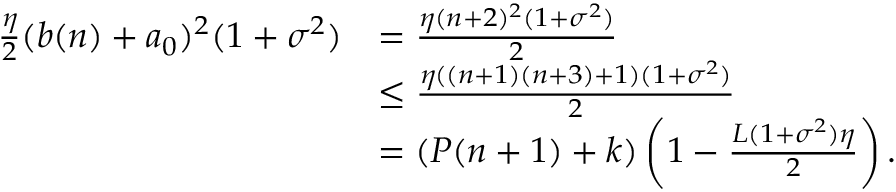
\begin{array} { r l } { \frac { \eta } { 2 } ( b ( n ) + a _ { 0 } ) ^ { 2 } ( 1 + \sigma ^ { 2 } ) } & { = \frac { \eta ( n + 2 ) ^ { 2 } ( 1 + \sigma ^ { 2 } ) } { 2 } } \\ & { \leq \frac { \eta ( ( n + 1 ) ( n + 3 ) + 1 ) ( 1 + \sigma ^ { 2 } ) } { 2 } } \\ & { = ( P ( n + 1 ) + k ) \left( 1 - \frac { L ( 1 + \sigma ^ { 2 } ) \eta } 2 \right) . } \end{array}